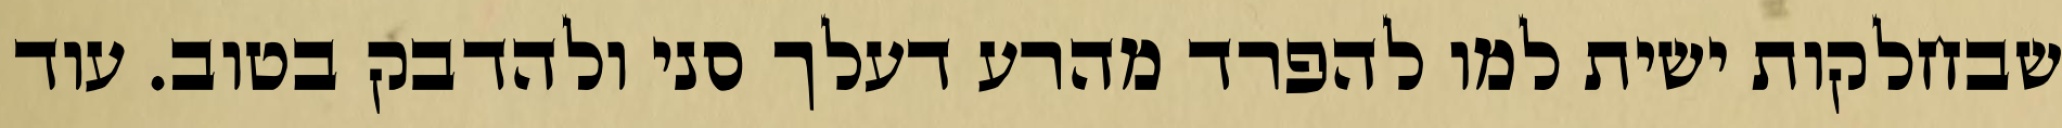
שבחלקות ישית למו להפרד מהרע דעלך סני ולהדבק בטוב. עוד